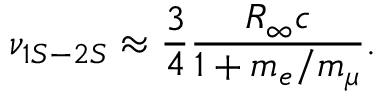
\nu _ { 1 S - 2 S } \approx \frac { 3 } { 4 } \frac { R _ { \infty } c } { 1 + m _ { e } / m _ { \mu } } .